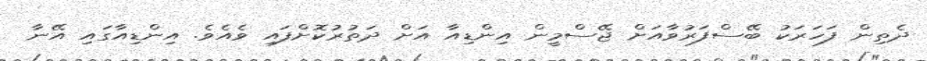
ދެެތިން ފަހަރަކު ބޭސްފަރުވާއަށް ޖޭސްމީން އިންޑިއާ އަށް ދަތުރުކޮށްފައި ވެއެވެ. އިންޑިއާގައި އޭނާ